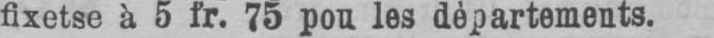
fixetse à 5 fr. 75 pou les dèpartements.